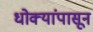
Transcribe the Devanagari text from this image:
धोक्यांपासून